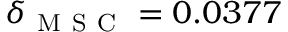
\delta _ { \mathrm { ~ M ~ S ~ C ~ } } = 0 . 0 3 7 7